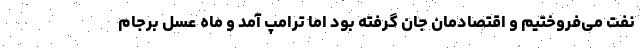
نفت می‌فروختیم و اقتصادمان جان گرفته بود اما ترامپ آمد و ماه عسل برجام